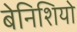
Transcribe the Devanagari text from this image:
बेनिशियो